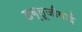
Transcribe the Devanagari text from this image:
डब्लूजीवाई